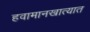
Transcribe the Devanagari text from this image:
हवामानखात्यात